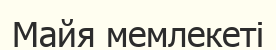
Майя мемлекеті